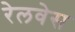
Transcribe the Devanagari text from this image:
रेलवेस